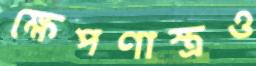
ক্ষেপণাস্ত্রও